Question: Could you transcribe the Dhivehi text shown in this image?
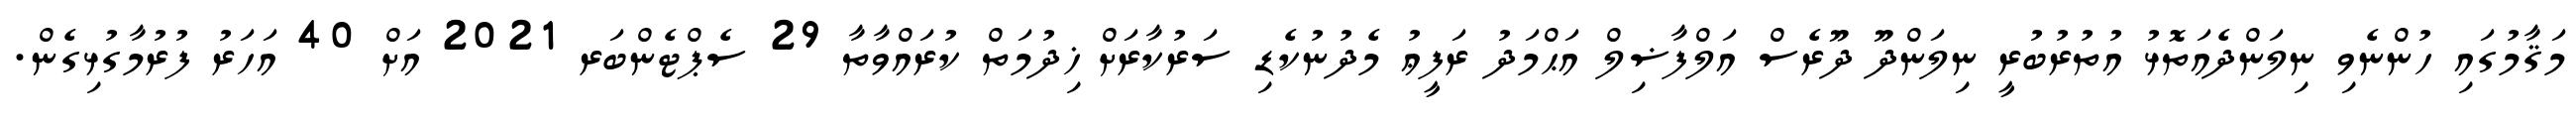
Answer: މަޤާމުގައި ހުންނެވި ނިލަންދެއަތޮޅު އުތުރުބުރީ ނިލަންދޫ ދޫރެސް އަލްފާޟިލް އަޙްމަދު ރަފީޢު މެދުނުކެޑި ސަރުކާރަށް ޚިދުމަތް ކުރައްވާތާ 29 ސެޕްޓެންބަރ 2021 އަށް 40 އަހަރު ފުރުމާގުޅިގެން.